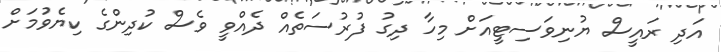
އަދި ރައީސް ޔުނިވަސިޓީއަށް މިހާ ދިގު ފުރުސަތެއް ދެއްވީ ވެސް ކުދިންގެ ކިޔެވުމަށް